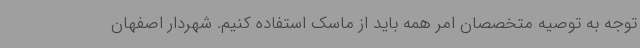
توجه به توصیه متخصصان امر همه باید از ماسک استفاده کنیم. شهردار اصفهان